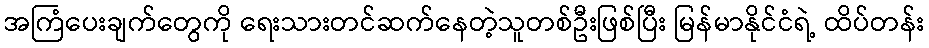
အကြံပေးချက်တွေကို ရေးသားတင်ဆက်နေတဲ့သူတစ်ဦးဖြစ်ပြီး မြန်မာနိုင်ငံရဲ့ ထိပ်တန်း